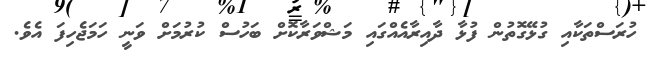
ހުރަސްތަކާއި ގުޅޭގޮތުން ފުޅާ ދާއިރާއެއްގައި މަޝްވަރާކޮށް ބަހުސް ކުރުމަށް ވަނީ ހަމަޖެހިފަ އެވެ.